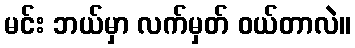
မင်း ဘယ်မှာ လက်မှတ် ဝယ်တာလဲ။